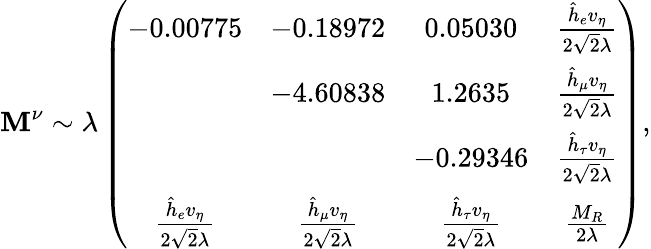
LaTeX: \mathbf{M}^{\nu}\sim\lambda\left(\begin{array}{cccc}{{-0.00775}}&{{-0.18972}}&{{0.05030}}&{{\frac{\hat{h}_{e}v_{\eta}}{2\sqrt 2\lambda}}}\\ {{}}&{{-4.60838}}&{{1.2635}}&{{\frac{\hat{h}_{\mu}v_{\eta}}{2\sqrt 2\lambda}}}\\ {{}}&{{}}&{{-0.29346}}&{{\frac{\hat{h}_{\tau}v_{\eta}}{2\sqrt 2\lambda}}}\\ {{\frac{\hat{h}_{e}v_{\eta}}{2\sqrt 2\lambda}}}&{{\frac{\hat{h}_{\mu}v_{\eta}}{2\sqrt 2\lambda}}}&{{\frac{\hat{h}_{\tau}v_{\eta}}{2\sqrt 2\lambda}}}&{{\frac{M_{R}}{2\lambda}}}\end{array}\right),